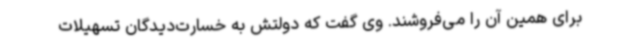
برای همین آن را می‌فروشند. وی گفت که دولتش به خسارت‌دیدگان تسهیلات